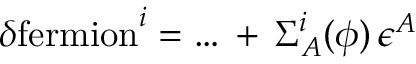
\delta \mathrm { f e r m i o n } ^ { i } = \dots \, + \, \Sigma _ { A } ^ { i } ( \phi ) \, \epsilon ^ { A }